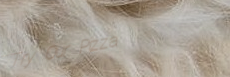
Try Our Pizza